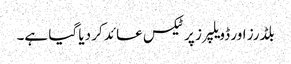
بلڈرز اور ڈویلپرز پر ٹیکس عائد کر دیا گیا ہے۔